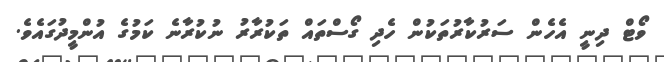
ވޯޓް ދިނީ އެހެން ސަރުކާރުތަކުން ހެދި ގޯސްތައް ތަކުރާރު ނުކުރާނެ ކަމުގެ އުންމީދުގައެވެ.